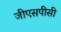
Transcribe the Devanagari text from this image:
जीएसपीसी